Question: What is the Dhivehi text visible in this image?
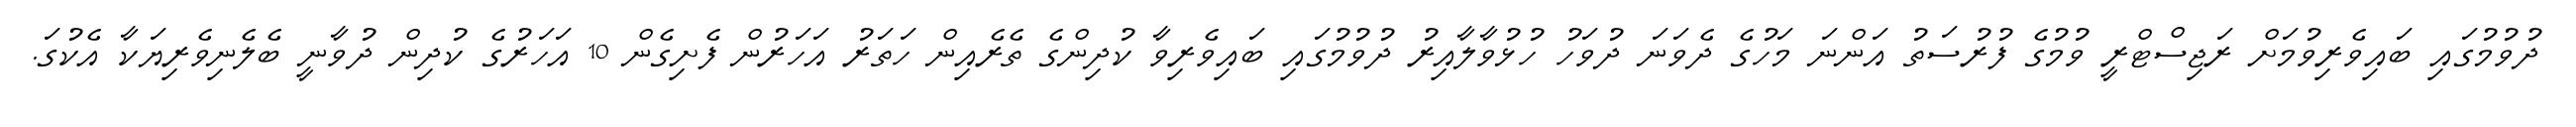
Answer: ދުވުމުގައި ބައިވެރިވުމަށް ރަޖިސްޓްރީ ވުމުގެ ފުރުސަތު އަންނަ މަހުގެ ދެވަނަ ދުވަހު ހުޅުވާލާއިރު ދުވުމުގައި ބައިވެރިވާ ކުދިންގެ ތެރެއިން ހަތަރު އަހަރުން ފެށިގެން 10 އަހަރުގެ ކުދިން ދުވާނީ ބެލެނިވެރިޔަކާ އެކުގަ.